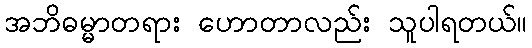
အဘိဓမ္မာတရား ဟောတာလည်း သူပါရတယ်။